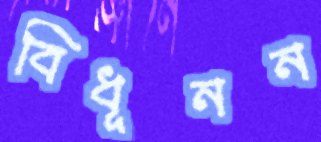
বিধূনন